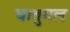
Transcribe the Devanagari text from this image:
घातुमल